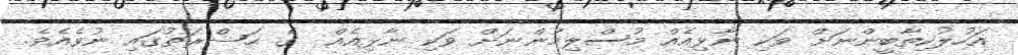
އަހުލުކިތާބީންނަށް ވަކި ނާޅިއެއް މުސްލިމުންނަށް ވަކި ނާޅިއެއް  ގެ ޙަޟްރަތުގައި ނުވެއެވެ.